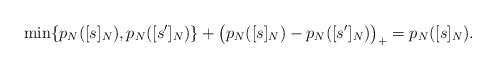
LaTeX: \begin{align*}\min\{p_N([s]_{N}),p_N([s']_{N})\}+\big(p_N([s]_{N})-p_N([s']_N)\big)_{+}=p_N([s]_N).\end{align*}